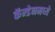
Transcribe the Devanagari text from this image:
कॅम्डेनमध्ये